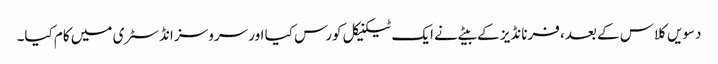
دسویں کلاس کے بعد، فرنانڈیز کے بیٹے نے ایک ٹیکنیکل کورس کیا اور سروسز انڈسٹری میں کام کیا۔